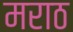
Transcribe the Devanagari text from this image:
मराठ